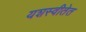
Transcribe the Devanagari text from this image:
यशस्वीतेत